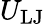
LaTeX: U_{\mathrm{LJ}}